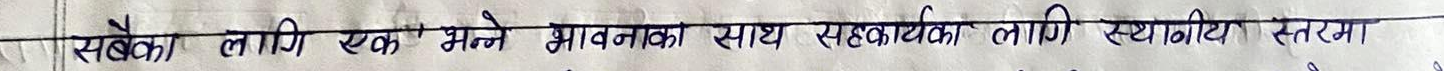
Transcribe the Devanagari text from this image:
सबैका लागि एक भन्ने भावनाका साथ सहकार्यका लागि स्थानीय स्तरमा